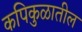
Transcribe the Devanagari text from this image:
कपिकुळातील